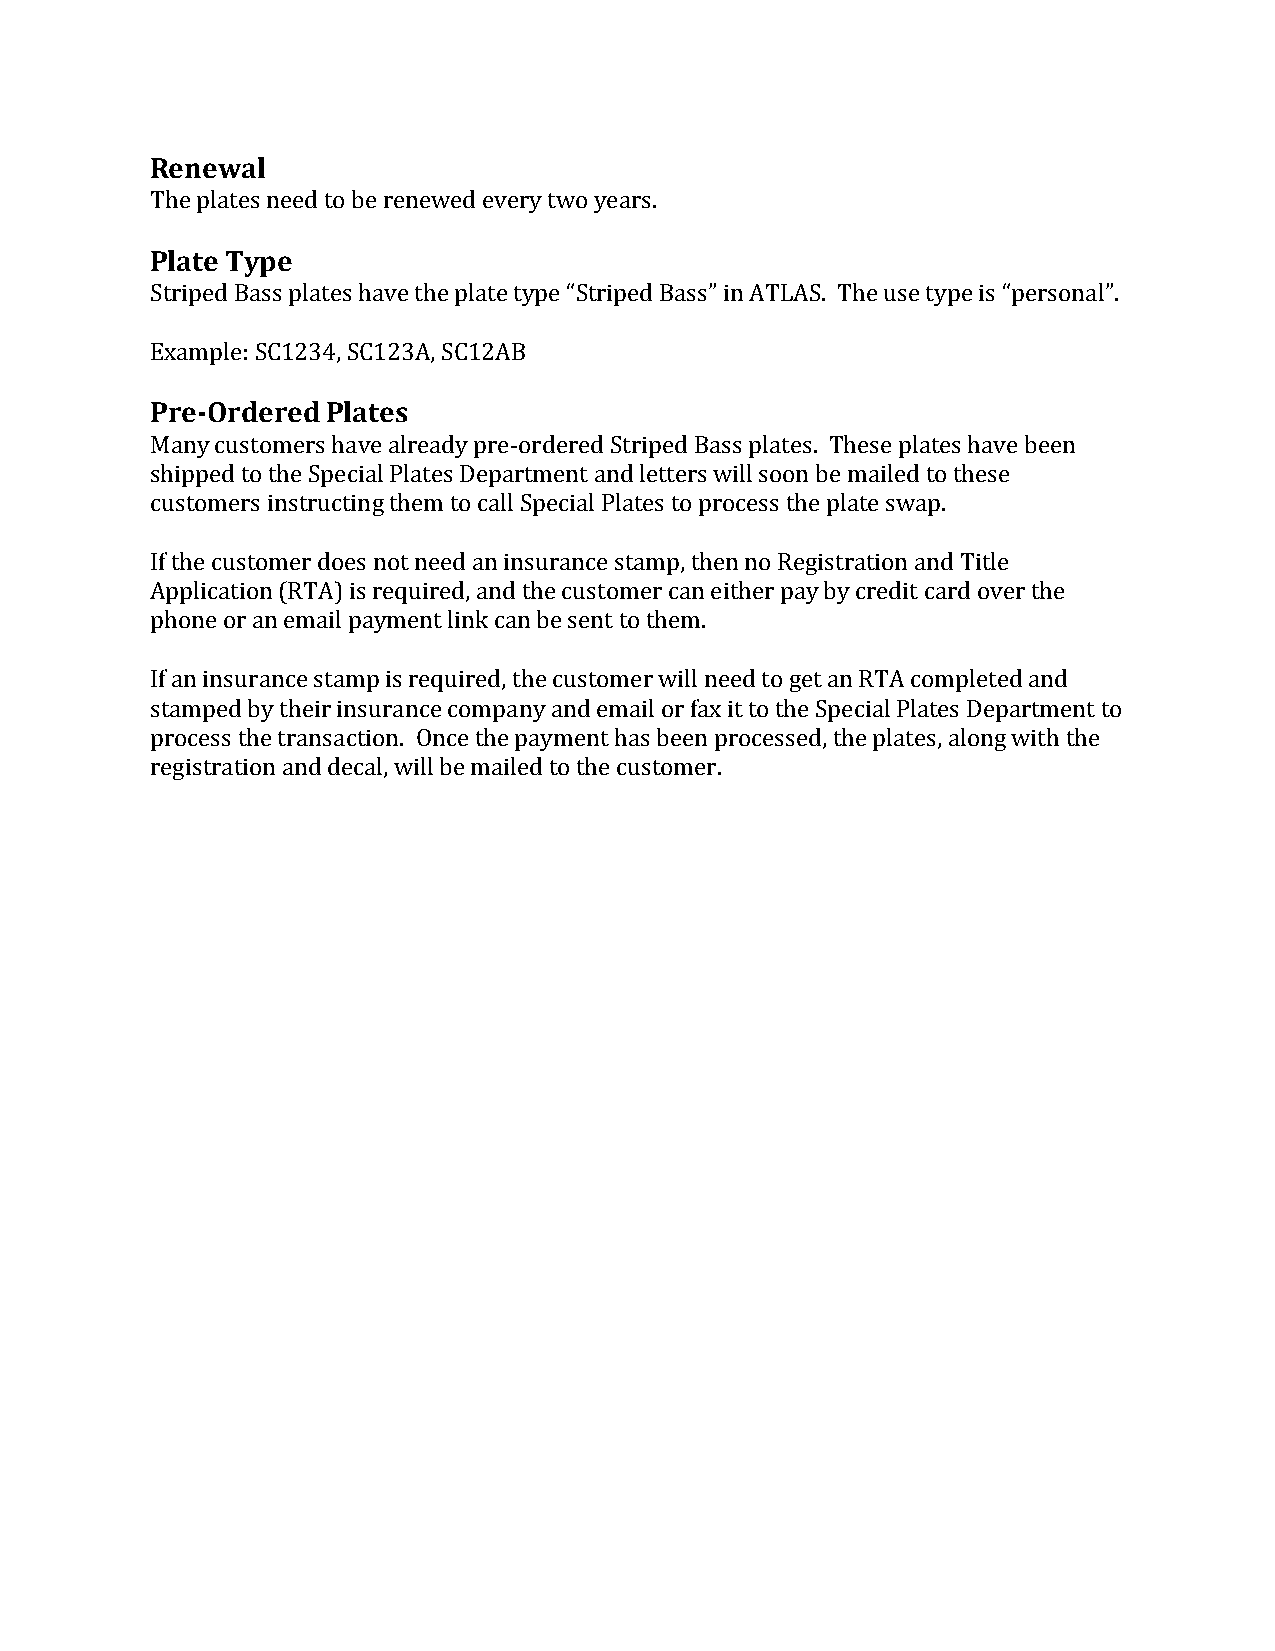
Renewal
 The plates need to be renewed every two years.
 Plate Type
 Striped Bass plates have the plate type “Striped Bass” in ATLAS. The use type is “personal”.
 Example: SC1234, SC123A, SC12AB
 Pre-Ordered Plates
 Many customers have already pre-ordered Striped Bass plates. These plates have been
 shipped to the Special Plates Department and letters will soon be mailed to these
 customers instructing them to call Special Plates to process the plate swap.
 If the customer does not need an insurance stamp, then no Registration and Title
 Application (RTA) is required, and the customer can either pay by credit card over the
 phone or an email payment link can be sent to them.
 If an insurance stamp is required, the customer will need to get an RTA completed and
 stamped by their insurance company and email or fax it to the Special Plates Department to
 process the transaction. Once the payment has been processed, the plates, along with the
 registration and decal, will be mailed to the customer.